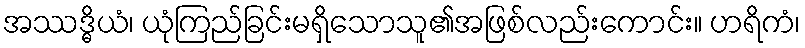
အဿဒ္ဓိယံ၊ ယုံကြည်ခြင်းမရှိသောသူ၏အဖြစ်လည်းကောင်း။ ဟရိကံ၊